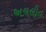
અચલીત